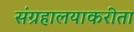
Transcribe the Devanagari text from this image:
संग्रहालयाकरीता